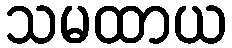
သမထာယ